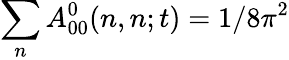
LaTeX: \sum_{n}A_{00}^{0}(n,n;t)=1/8\pi^{2}